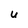
Character: U